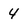
Character: 4